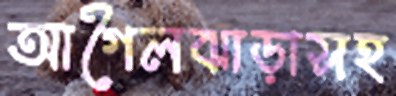
আগৈলঝাড়াসহ